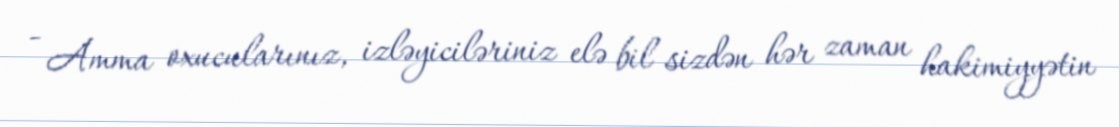
- Amma oxucularınız, izləyiciləriniz elə bil sizdən hər zaman hakimiyyətin